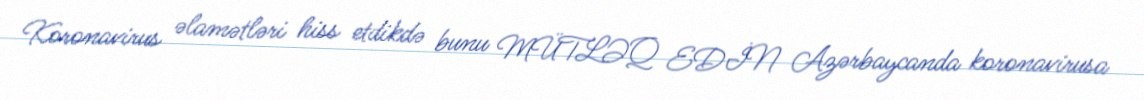
Koronavirus əlamətləri hiss etdikdə bunu MÜTLƏQ EDİN Azərbaycanda koronavirusa